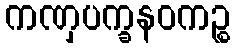
ကဏှပက္ခနဝကဉ္စ